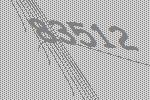
83512